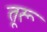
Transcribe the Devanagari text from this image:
तूरू